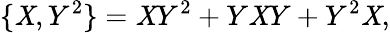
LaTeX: \{ \mathit{X},Y^{2}\} =\mathit{X}Y^{2}+Y\mathit{X}Y+Y^{2}\mathit{X},